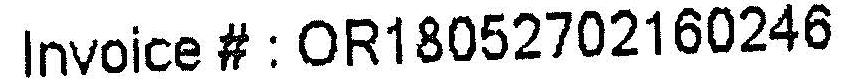
INVOICE# : OR18052702160246